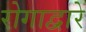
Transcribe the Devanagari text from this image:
रोगाद्वारे